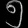
Digit: ၅